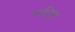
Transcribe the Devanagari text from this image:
वाल्ट्रिप